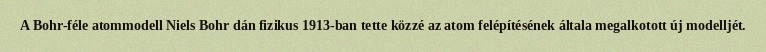
A Bohr-féle atommodell Niels Bohr dán fizikus 1913-ban tette közzé az atom felépítésének általa megalkotott új modelljét.